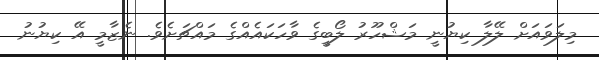
މިލަވައަށް ލޭލާ ކިޔުނީ މަޝްހޫރު ލޯބީގެ ވާހަކައެއްގެ މައްޗަށެވެ. ނެޒާމީ އޭ ކިޔުނު